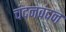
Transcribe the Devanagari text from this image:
चंदनवंदन